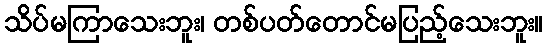
သိပ်မကြာသေးဘူး၊ တစ်ပတ်တောင်မပြည့်သေးဘူး။